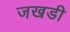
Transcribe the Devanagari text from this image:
जखडी